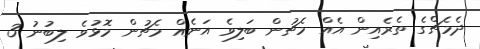
ދެމެޗްގެ ތެރެއިން އެއް މެޗުން ބަލިވެ އަނެއް މެޗުން މޮޅުވެ ލިބުނު 3